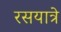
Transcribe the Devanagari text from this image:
रसयात्रे